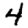
Digit: 4